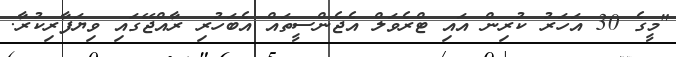
"މީގެ 30 އަހަރު ކުރިން އައި ޓްރެވަލް އެޖެންސީތައް އެބަހުރި ރާއްޖޭގައި ވިޔަފާރިކުރާ.